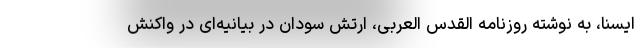
ایسنا، به نوشته روزنامه القدس العربی، ارتش سودان در بیانیه‌ای در واکنش